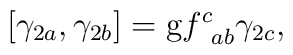
\left[ \gamma _{2a},\gamma _{2b}\right] =\mathrm{g}f_{\;\;ab}^{c}\gamma_{2c},